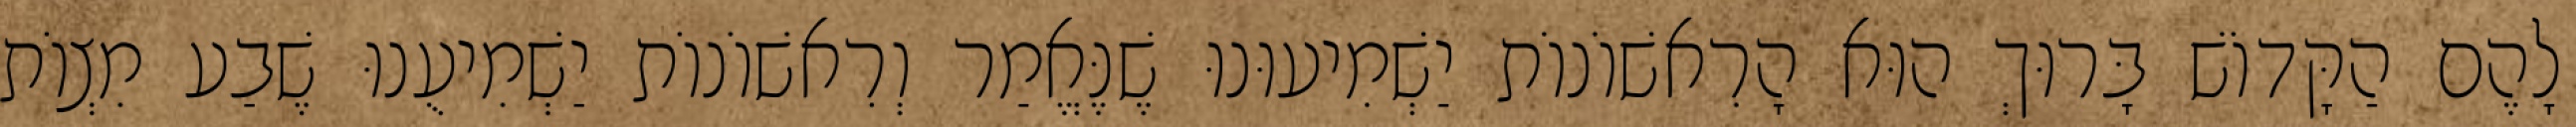
לָהֶם הַקָּדוֹשׁ בָּרוּךְ הוּא הָרִאשׁוֹנוֹת יַשְׁמִיעוּנוּ שֶׁנֶּאֱמַר וְרִאשׁוֹנוֹת יַשְׁמִיעֻנוּ שֶׁבַע מִצְוֹת